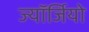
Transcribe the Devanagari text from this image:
ज्यॉर्जियो